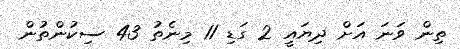
ތިން ވަނަ އަށް ދިޔައީ 2 ގަޑި 11 މިނެތު 43 ސިކުންތުން